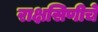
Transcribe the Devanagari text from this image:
राक्षसिणीचे